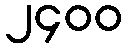
၂၄၀၀